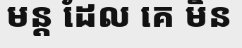
មន្ត ដែល គេ មិន